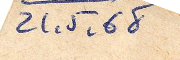
21.5.68